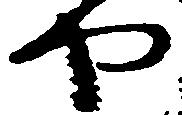
や